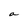
Character: a